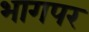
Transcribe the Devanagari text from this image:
भागपर